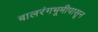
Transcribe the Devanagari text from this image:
बालरंगभूमीपासून